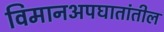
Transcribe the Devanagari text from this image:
विमानअपघातांतील